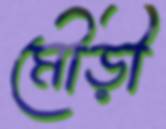
মৌড়ী